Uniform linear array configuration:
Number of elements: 32
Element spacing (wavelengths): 0.75
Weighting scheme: hann
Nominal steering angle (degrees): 0
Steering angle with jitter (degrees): -0.7878
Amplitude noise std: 0.05
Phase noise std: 0.05

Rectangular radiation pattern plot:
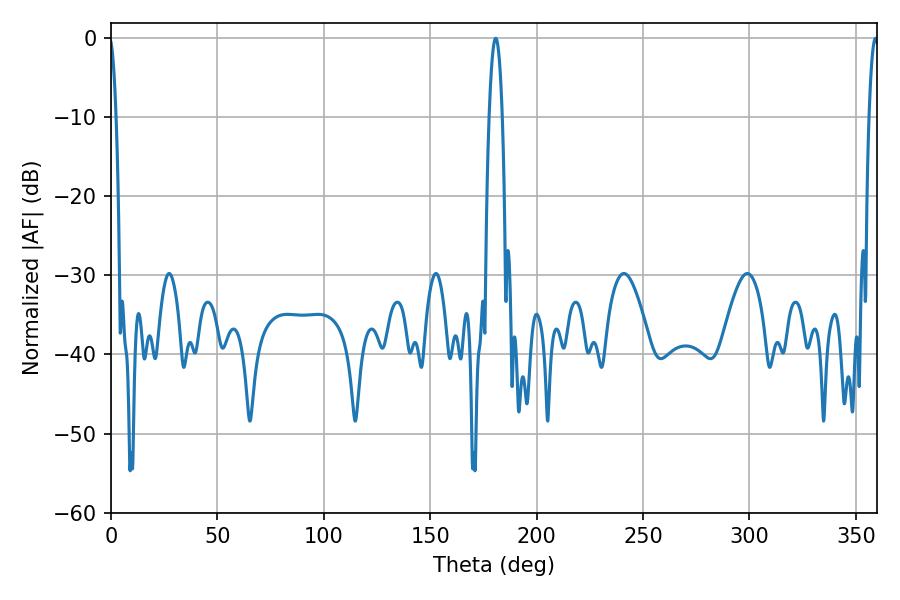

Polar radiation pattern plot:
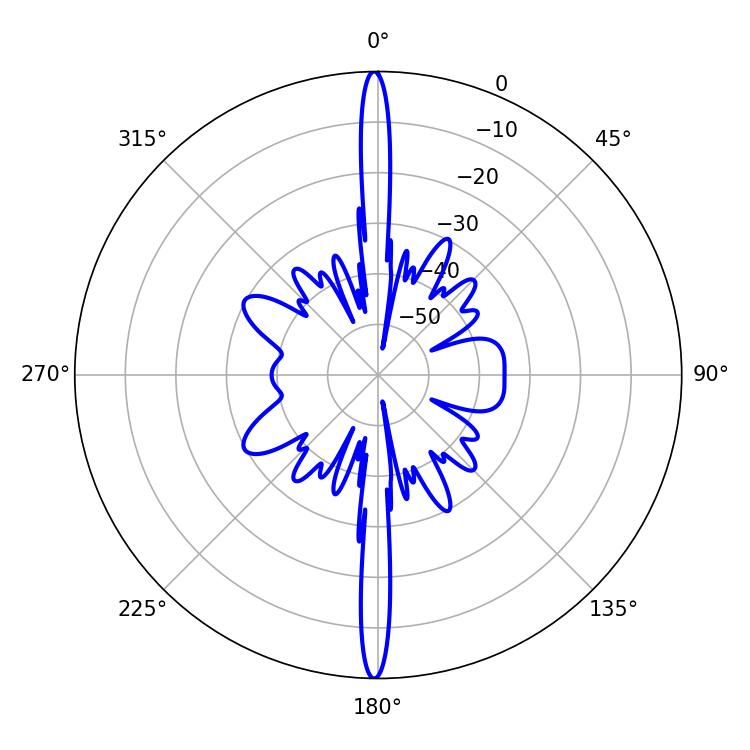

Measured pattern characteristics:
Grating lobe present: TRUE
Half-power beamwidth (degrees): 3.42
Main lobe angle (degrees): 180.72